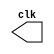
module clock_gen (/*AUTOARG*/
  // Outputs
  clk
  );
  parameter period = 20;

  output clk;


  reg    clk;
  always #(period/2) clk = !clk;

  initial begin
    clk = 1'b0;
  end


endmodule